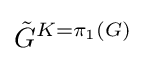
{\tilde {G}}^{K=\pi _{1}(G)}